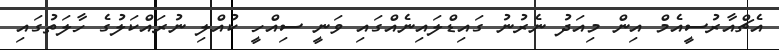
އެޗްއާރުސީއެމް އިން މިއަދު ނެރުނު ގައިޑްލައިނެއްގައި ވަނީ ސިއްހީ ކުއްލި ނުރައްކަލުގެ ހާލަތުގައި